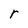
Character: r